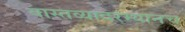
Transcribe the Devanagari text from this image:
वास्तव्यादरम्यानच